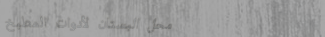
محل البستان لأدوات المطبخ